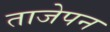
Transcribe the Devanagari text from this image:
ताजेपन